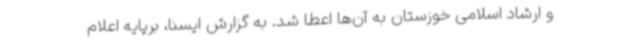
و ارشاد اسلامی خوزستان به آن‌ها اعطا شد. به گزارش ایسنا، برپایه اعلام